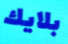
بلايك